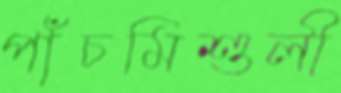
পাঁচমিশুলী